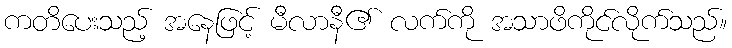
ကတိပေးသည့် အနေဖြင့် မီလာနီ၏ လက်ကို အသာဖိကိုင်လိုက်သည်။